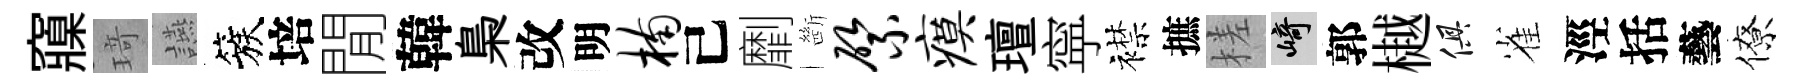
䆿𤦺讌簇培閒韓梟改明楠己劘㫁綮瘼璮寜襟摭槎崎郭樾俱雀涇括藝僚